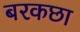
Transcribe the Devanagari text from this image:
बरकछा